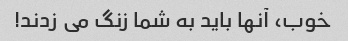
خوب، آنها باید به شما زنگ می زدند!